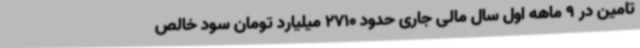
تامین در 9 ماهه اول سال مالی جاری حدود 2710 میلیارد تومان سود خالص